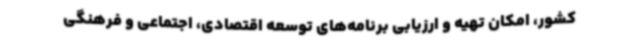
کشور، امکان تهیه و ارزیابی برنامه‌های توسعه اقتصادی، اجتماعی و فرهنگی